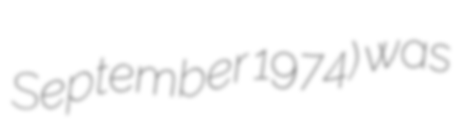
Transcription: September 1974) was